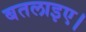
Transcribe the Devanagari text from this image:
बतलाइए।